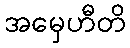
အမှေဟီတိ